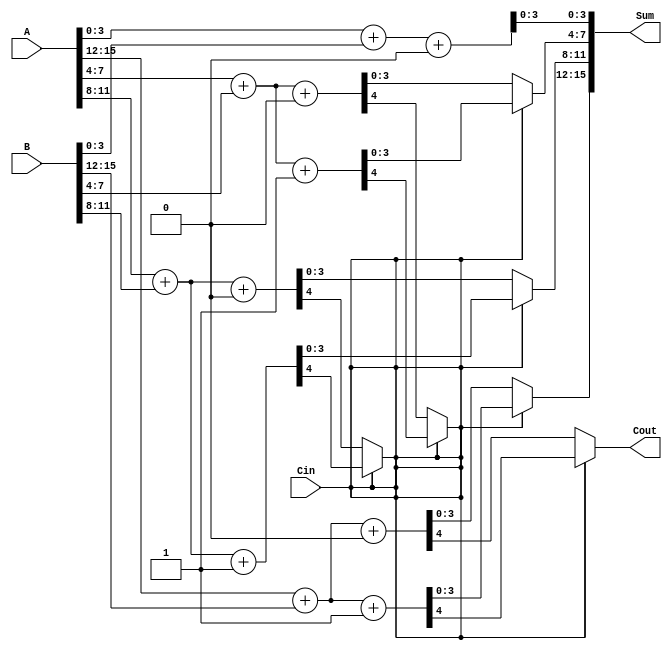
module HybridCarrySelectAdder #(parameter N = 16, // Total bit width
                                 parameter BLOCK_SIZE = 4) // Block size
(
    input [N-1:0] A, // First input
    input [N-1:0] B, // Second input
    input Cin,       // Carry input
    output [N-1:0] Sum, // Sum output
    output Cout      // Carry output
);

    // Number of blocks
    localparam NUM_BLOCKS = N / BLOCK_SIZE;

    // Internal wires for sum and carry
    wire [BLOCK_SIZE-1:0] S0 [0:NUM_BLOCKS-1]; // Sum when carry is 0
    wire [BLOCK_SIZE-1:0] S1 [0:NUM_BLOCKS-1]; // Sum when carry is 1
    wire [1:0] C [0:NUM_BLOCKS-1]; // Carry out for each block

    // Generate each block of the adder
    genvar i;
    generate
        for (i = 0; i < NUM_BLOCKS; i = i + 1) begin : block
            // Calculate sum and carry for each block
            wire [BLOCK_SIZE-1:0] A_block = A[(i+1)*BLOCK_SIZE-1:i*BLOCK_SIZE];
            wire [BLOCK_SIZE-1:0] B_block = B[(i+1)*BLOCK_SIZE-1:i*BLOCK_SIZE];

            // Full adder logic for carry select
            assign {C[i][0], S0[i]} = A_block + B_block + 1'b0; // Sum with carry 0
            assign {C[i][1], S1[i]} = A_block + B_block + 1'b1; // Sum with carry 1
        end
    endgenerate

    // Mux to select the correct sum and carry based on the carry-in
    wire [BLOCK_SIZE-1:0] selected_sum [0:NUM_BLOCKS-1];
    wire selected_carry [0:NUM_BLOCKS-1];

    assign selected_sum[0] = S0[0];
    assign selected_carry[0] = C[0][0];

    generate
        for (i = 1; i < NUM_BLOCKS; i = i + 1) begin : select
            assign selected_sum[i] = Cin ? S1[i] : S0[i];
            assign selected_carry[i] = Cin ? C[i][1] : C[i][0];
            assign Cin = selected_carry[i-1]; // Carry for the next block
        end
    endgenerate

    // Concatenate the sum outputs
    assign Sum = {selected_sum[NUM_BLOCKS-1], selected_sum[NUM_BLOCKS-2], selected_sum[NUM_BLOCKS-3], selected_sum[NUM_BLOCKS-4]};

    // Final carry out
    assign Cout = selected_carry[NUM_BLOCKS-1];

endmodule